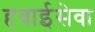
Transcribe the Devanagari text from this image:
हवाईसेवा